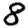
Digit: 8